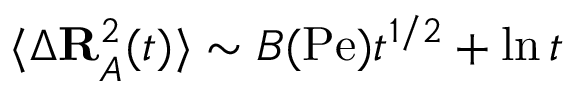
\langle \Delta \mathbf { R } _ { A } ^ { 2 } ( t ) \rangle \sim B ( \mathrm { P e } ) t ^ { 1 / 2 } + \ln t